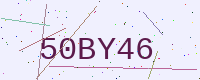
Text: 50BY46